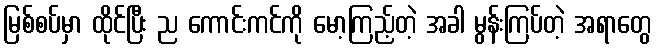
မြစ်စပ်မှာ ထိုင်ပြီး ည ကောင်းကင်ကို မော့ကြည့်တဲ့ အခါ မွန်းကြပ်တဲ့ အရာတွေ